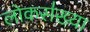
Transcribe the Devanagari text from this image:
लोकस॑ख्या